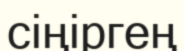
сіңіргең